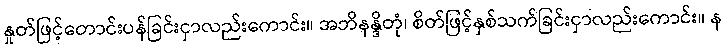
နှုတ်ဖြင့်တောင်းပန်ခြင်းငှာလည်းကောင်း။ အဘိနန္ဒိတုံ၊ စိတ်ဖြင့်နှစ်သက်ခြင်းငှာလည်းကောင်း။ န